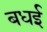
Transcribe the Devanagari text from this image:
बधई